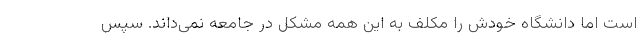
است اما دانشگاه خودش را مکلف به این همه مشکل در جامعه نمی‌داند. سپس